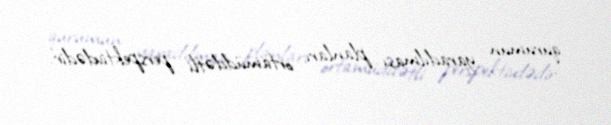
qurumun yaradılması planları ortamüddətli perspektivdədir.